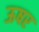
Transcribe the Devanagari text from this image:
ऊषर